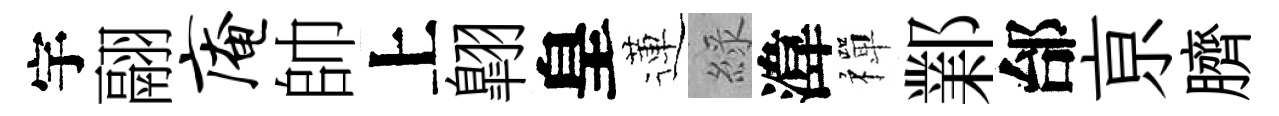
宇翮庵帥上翺皇蓮綠湋禪鄴邰亰臍